Pusta,_Kaarel_Robert, lk 16
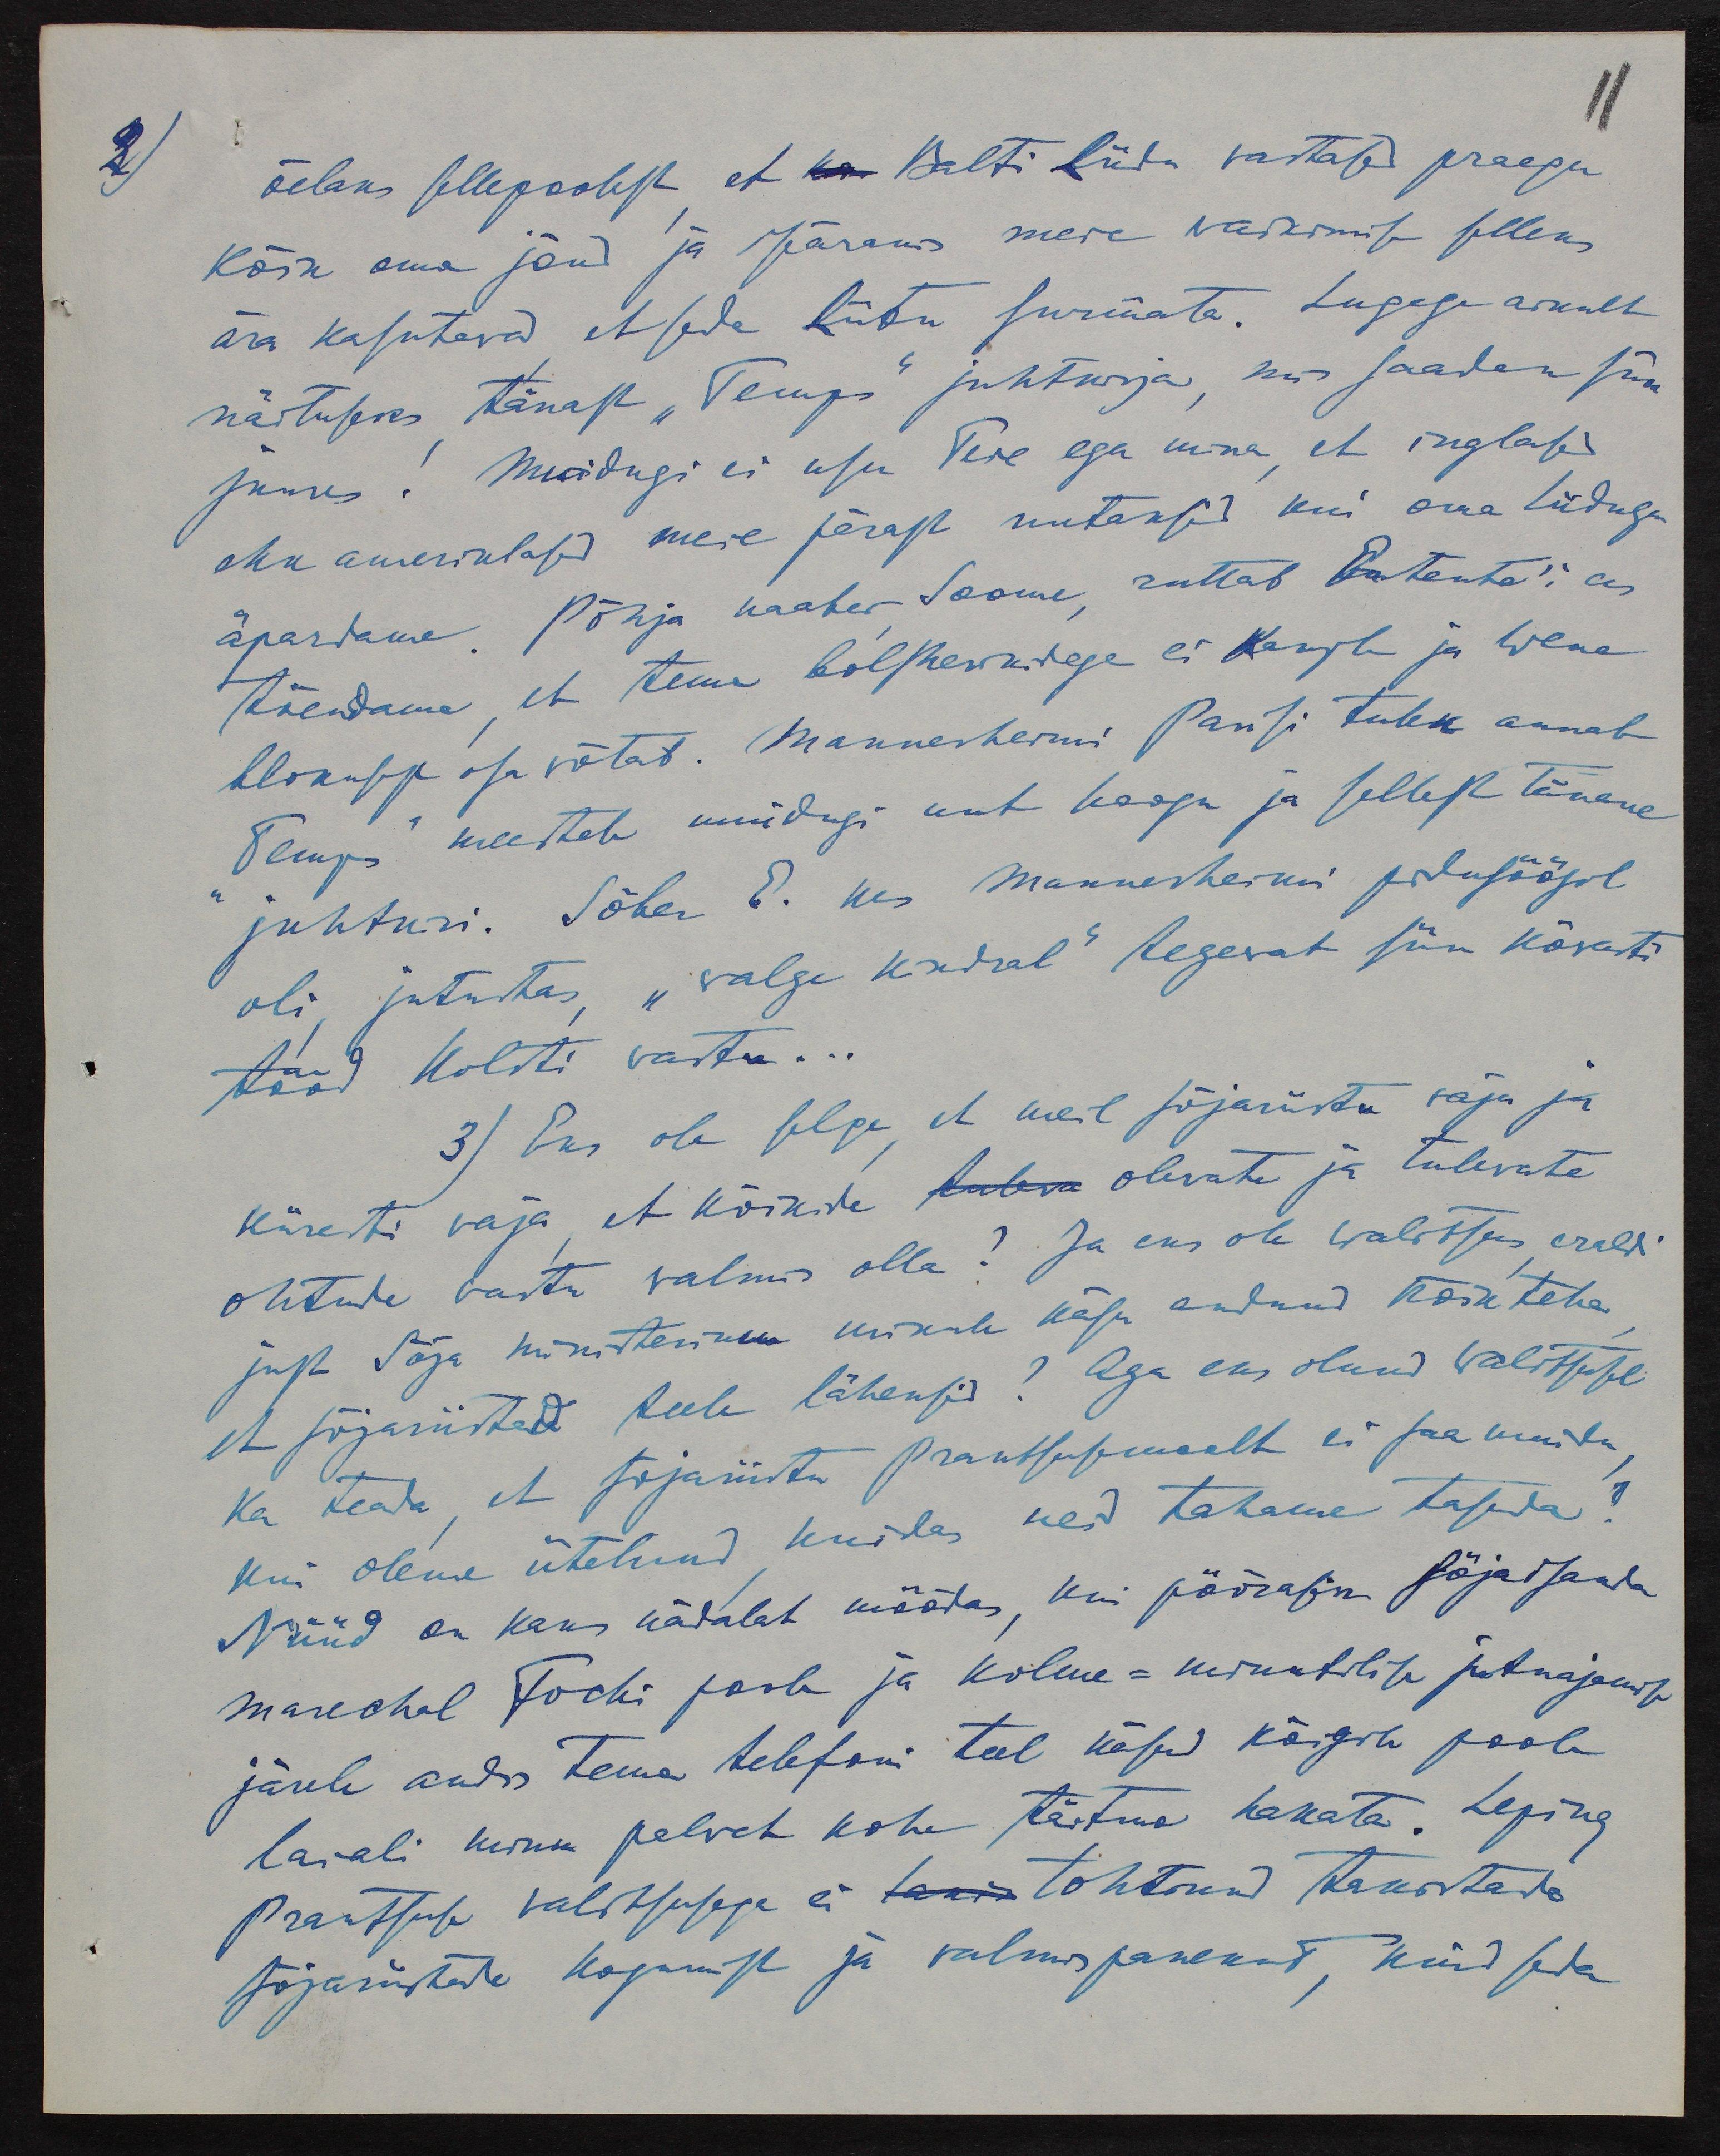
11
2)
õelaks sellepoolest et ka Balti Liidu vastased praegu
Kõik oma jõud ja iseäranis meie vaikimise selleks
ära kasutavad et seda liitu surmata. Lugega ainult
näituseks tänast "Temps" juhtkirja, mis saadan siin
juures! Muidugi ei usu Teie ega mina, et inglased
ehk ameriklased meie pärast nutaksid kui oma liiduga
äpardame. Põhja naaber Soome, ruttab Entente'i ees
tõendama et tema bolshewikitega ei kauple ja Wene
blokusest osa võtab. Mannerhemi Parisi tulek annab
"Temps" meestele muidugi uut hoogu ja sellest tänane
juhtkiri. Sõber E. kes Mannerheimi pidusöögil
oli, jutustas "valge kindral" tegevat siin kõvasti
tööd Holsti wastu...
3) Eks ole selge, et meil sõjariistu vaja ja
kiiresti vaja et kõikide  tuleva olevate ja tulevate
ohtude vastu valmis olla? Ja eks ole walitsus, eraldi
just Sõja ministeerium minule käsu andnud kõik teha,
et sõjariistad teele läheksid? Aga eks olnud walitsusel
ka teada et sõjariistu Prautsusmaalt ei saa muidu,
kui oleme ütelnud kuidas neid tahame tasuda!
Nüüd on kaks nädalat möödas, kui pöörasime sõjaisanda
marechal Fochi poole ja kolme-minutilise jutuajamise
järele andis tema telefoni teel käsu kõigile poole
laiali minu palvet kohe täitma hakata. Leping
Prantsuse valitsusega ei tasin tohtinud takistada
sõjariistade kogumist ja valmispanekut, kuid seda